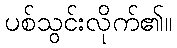
ပစ်သွင်းလိုက်၏။